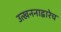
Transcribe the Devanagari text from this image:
उत्खननाद्वारेच